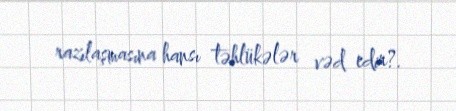
razılaşmasına hansı təhlükələr vəd edir?.